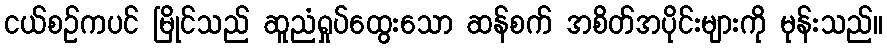
ငယ်စဉ်ကပင် မြိုင်သည် ဆူညံရှုပ်ထွေးသော ဆန်စက် အစိတ်အပိုင်းများကို မုန်းသည်။